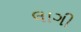
લાગી